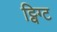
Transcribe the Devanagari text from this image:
ट्विग्ट